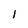
Character: 1